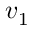
\boldsymbol { v } _ { 1 }